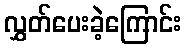
လွှတ်ပေးခဲ့ကြောင်း